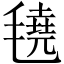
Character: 𬇆